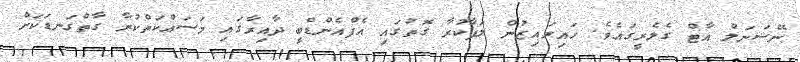
ނޭޝަނަލް އާޓް ގެލެރީގައެވެ. ހައިރައިޒުން ލަފާކުރާ ގޮތުގައި އެފްއެންޑްބީ ދާއިރާގައި މަސައްކަތްކުރާ ގާތްގަނޑަކަށް